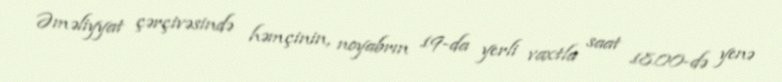
Əməliyyat çərçivəsində həmçinin, noyabrın 19-da yerli vaxtla saat 18.00-də yenə